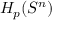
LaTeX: H _ { p } ( S ^ { n } )